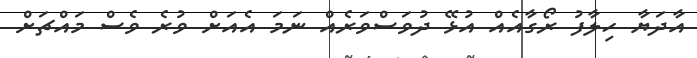
އާދަޔާ ހިލާފު ރޯގާއެއް އުޅޭ ދުވަސްވަރެއް ނަމަ އެއަށް ވުރެ ވެސް މައްޗަށް